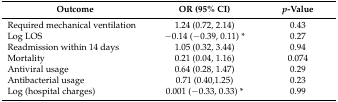
<table><thead><tr><td><b>Outcome</b></td><td><b>OR (95% CI)</b></td><td><b><i>p</i>-Value</b></td></tr></thead><tbody><tr><td>Required mechanical ventilation</td><td>1.24 (0.72, 2.14)</td><td>0.43</td></tr><tr><td>Log LOS</td><td>−0.14 (−0.39, 0.11) *</td><td>0.27</td></tr><tr><td>Readmission within 14 days</td><td>1.05 (0.32, 3.44)</td><td>0.94</td></tr><tr><td>Mortality</td><td>0.21 (0.04, 1.16)</td><td>0.074</td></tr><tr><td>Antiviral usage</td><td>0.64 (0.28, 1.47)</td><td>0.29</td></tr><tr><td>Antibacterial usage</td><td>0.71 (0.40,1.25)</td><td>0.23</td></tr><tr><td>Log (hospital charges)</td><td>0.001 (−0.33, 0.33) *</td><td>0.99</td></tr></tbody></table>